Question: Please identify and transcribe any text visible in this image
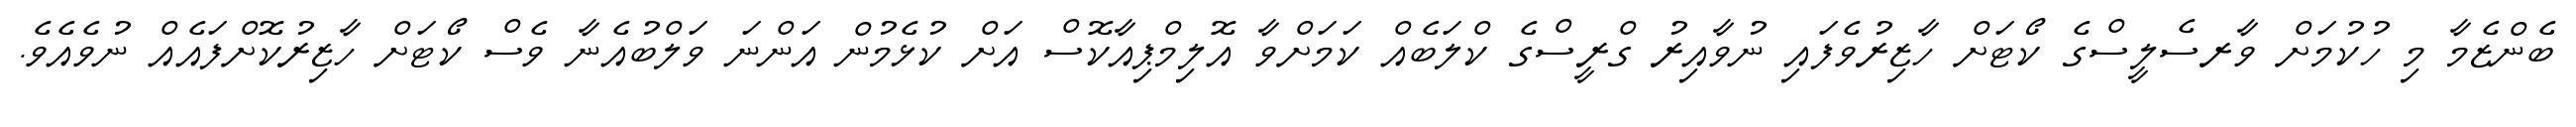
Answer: ބެންޒެމާ މި ހުކުމަށް ވާރސެލީސްގެ ކޯޓަށް ހާޒިރުވެފައި ނުވާއިރު ގްރީސްގެ ކްލަބެއް ކަމަށްވާ އޮލިމްޕިއާކޮސް އަށް ކުޅެމުން އަންނަ ވަލްބުއެނާ ވެސް ކޯޓަށް ހާޒިރުކޮށްފައެއް ނުވެއެވެ.